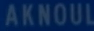
AKNOUL